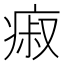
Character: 㾥